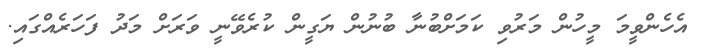
އެހެންވީމަ މީހުން މަރުވި ކަމަށްބުނާ ބުނުން ޔަގީން ކުރެވޭނީ ވަރަށް މަދު ފަހަރެއްގައި.